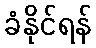
ခံနိုင်ရန်